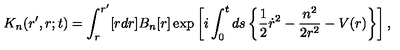
K _ { n } ( r ^ { \prime } , r ; t ) = \int _ { r } ^ { r ^ { \prime } } [ r d r ] B _ { n } [ r ] \exp \left[ i \int _ { 0 } ^ { t } d s \left\{ \frac 1 2 \dot { r } ^ { 2 } - \frac { n ^ { 2 } } { 2 r ^ { 2 } } - V ( r ) \right\} \right] ,